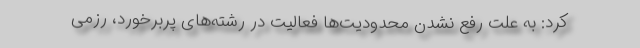
کرد: به علت رفع نشدن محدودیت‌ها فعالیت در رشته‌های پربرخورد، رزمی